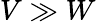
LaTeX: V\gg W